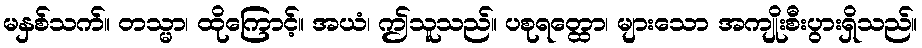
မနှစ်သက်။ တသ္မာ၊ ထိုကြောင့်။ အယံ၊ ဤသူသည်။ ပစုရတ္ထော၊ များသော အကျိုးစီးပွားရှိသည်။